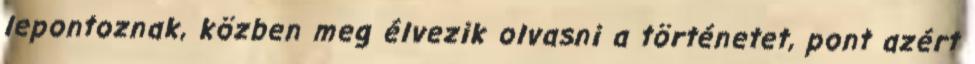
lepontoznak, közben meg élvezik olvasni a történetet, pont azért